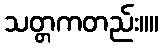
သတ္တကတည်း။။